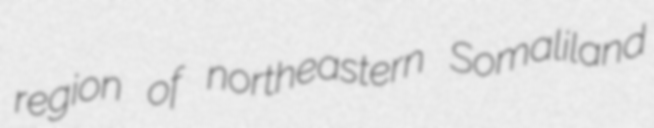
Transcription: region of northeastern Somaliland